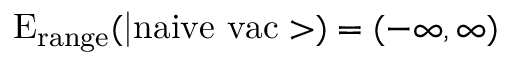
\mathrm { E _ { r a n g e } ( | n a i v e \ v a c > ) } = ( - \infty , \infty )